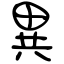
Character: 異